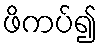
ဖိကပ်၍